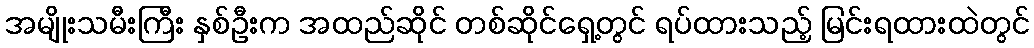
အမျိုးသမီးကြီး နှစ်ဦးက အထည်ဆိုင် တစ်ဆိုင်ရှေ့တွင် ရပ်ထားသည့် မြင်းရထားထဲတွင်